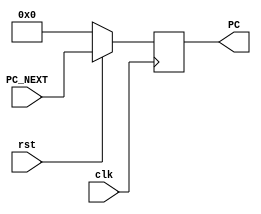
module program_counter(PC_NEXT,clk,PC,rst);
    input clk,rst;
    input [31:0] PC_NEXT;

    output reg [31:0] PC;

    always @(posedge clk) begin
    //We using Active Low Reset for Single cycle
        if (rst == 1'b0) begin
            PC <= 32'h00000000;
        end
        else begin
            PC <= PC_NEXT;
        end
    end

endmodule